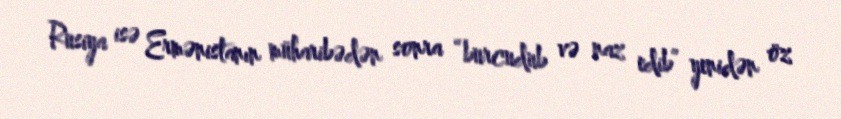
Rusiya isə Ermənistanın müharibədən sonra “burcudub və naz edib” yenidən öz